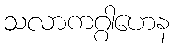
သလာကဂ္ဂါဟေန